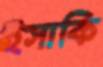
ইসাকি